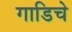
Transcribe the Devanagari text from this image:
गाडिचे